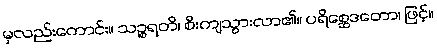
မှလည်းကောင်း။ သဉ္စရတိ၊ စီးကျသွားလာ၏။ ပရိစ္ဆေဒတော၊ ဖြင့်။